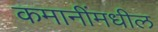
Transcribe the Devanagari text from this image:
कमानींमधील